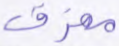
ممزق